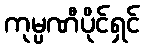
ကုမ္ပဏီပိုင်ရှင်